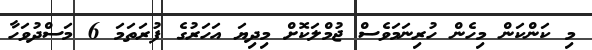
މި ކަންކަން މިހެން ހުރިނަމަވެސް ޖުމްލަކޮށް މިދިޔަ އަހަރުގެ ފުރަތަމަ 6 މަސްދުވަހާ